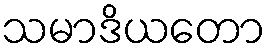
သမာဒိယတော